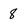
Character: 8